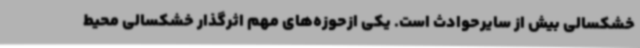
خشکسالی بیش از سایرحوادث است. یکی ازحوزه‌های مهم اثرگذار خشکسالی محیط